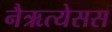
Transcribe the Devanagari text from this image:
नैऋत्येसस